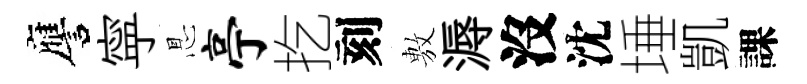
譍寜㤙亭扢刻𢾾溽沒沈埵凱課